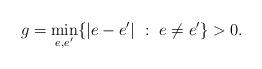
LaTeX: \begin{align*}g = \min_{e,e'}\{ |e-e'|\ :\ e\neq e'\} > 0.\end{align*}